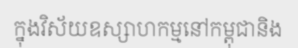
ក្នុងវិស័យឧស្សាហកម្មនៅកម្ពុជានិង